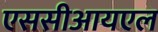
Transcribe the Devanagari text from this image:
एससीआयएल